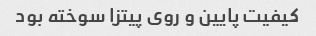
کیفیت پایین و روی پیتزا سوخته بود